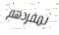
بمفردهم